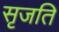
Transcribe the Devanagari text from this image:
सृजति